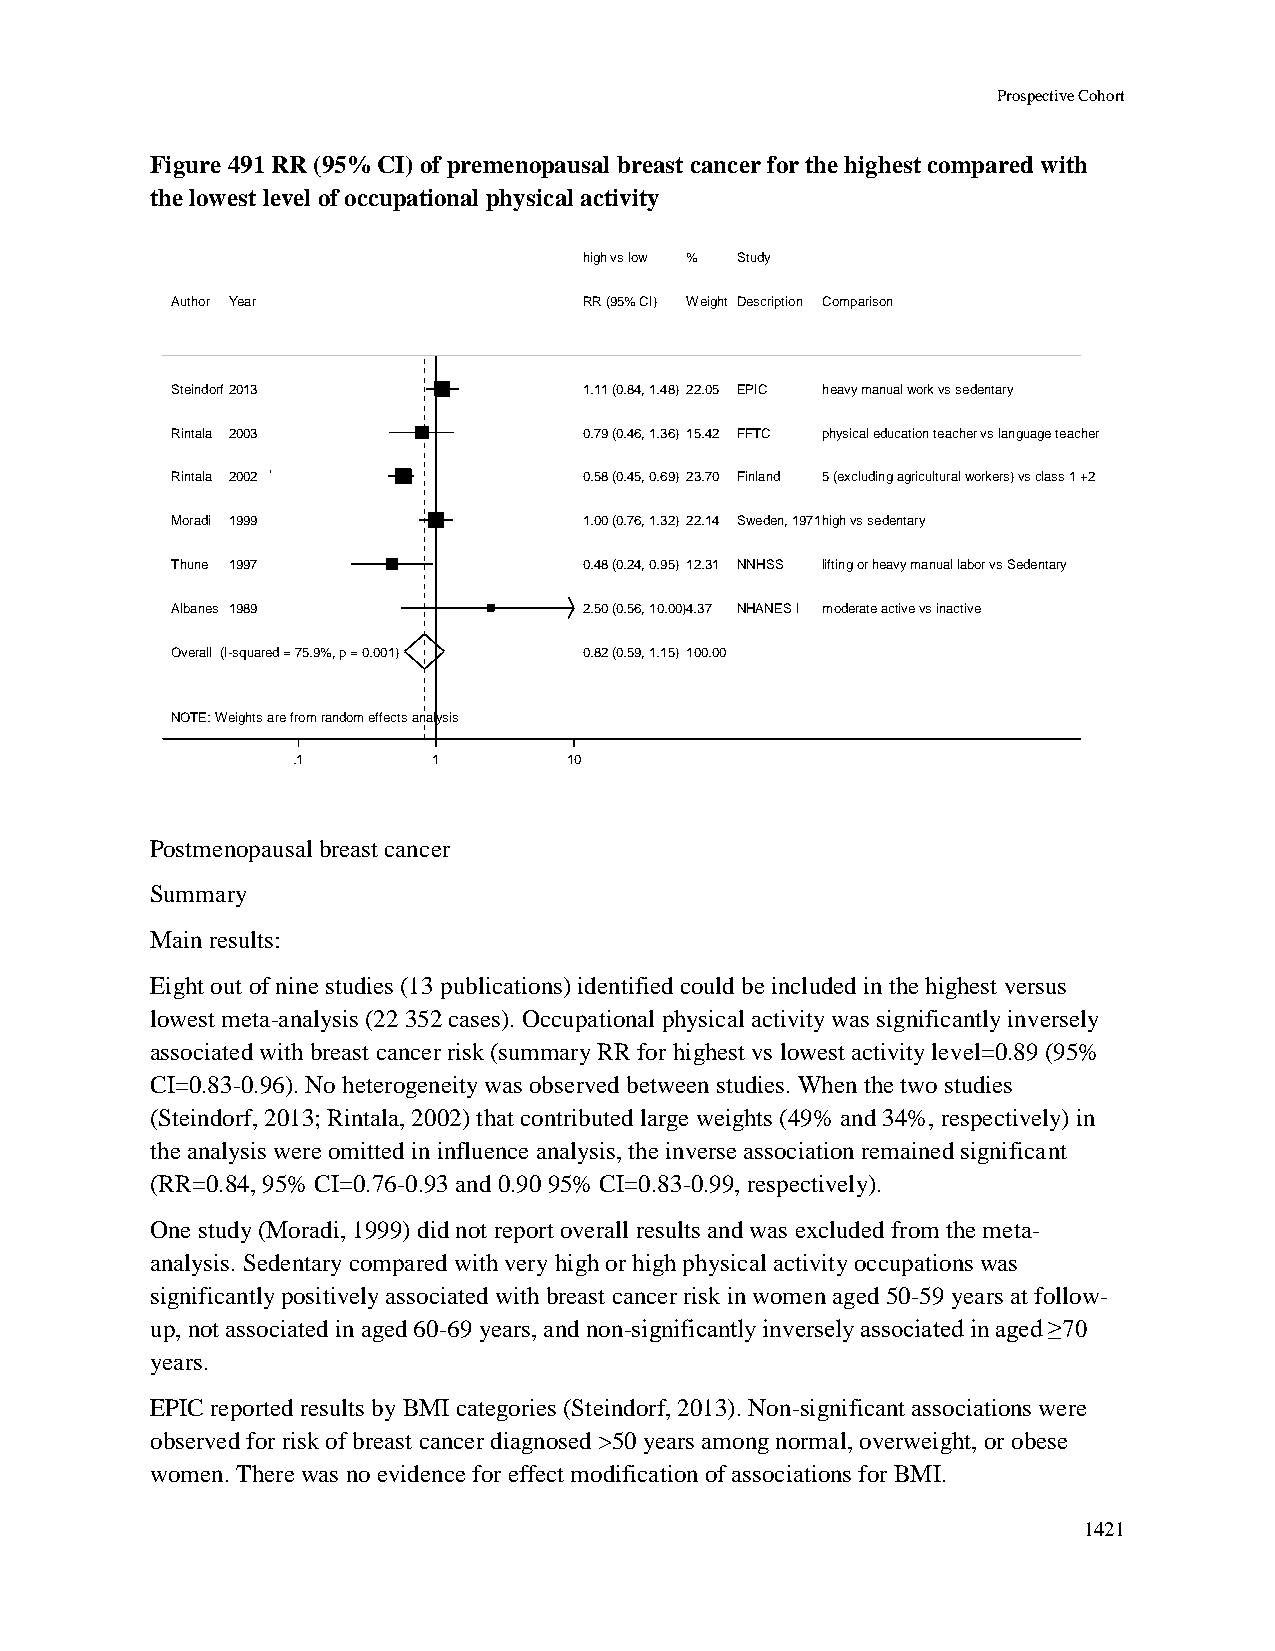
Prospective Cohort
 Figure 491 RR (95% CI) of premenopausal breast cancer for the highest compared with
 the lowest level of occupational physical activity
 hhiigghh vvss llooww %% Study
 Author Year                 RRRR ((9955%% CCII)) WWeeiigghhtt Description Comparison
 Steindorf2013               11..1111 ((00..8844,, 11..4488)) 2222..0055 EPIC heavy manual work vs sedentary
 Rintala 2003                00..7799 ((00..4466,, 11..3366)) 1155..4422 FFTC physical education teacher vs language teacher
 Rintala 2002                00..5588 ((00..4455,, 00..6699)) 2233..7700 Finland 5 (excluding agricultural workers) vs class 1 +2
 Moradi 1999                 11..0000 ((00..7766,, 11..3322)) 2222..1144 Sweden, 1971high vs sedentary
 Thune 1997                  00..4488 ((00..2244,, 00..9955)) 1122..3311 NNHSS lifting or heavy manual labor vs Sedentary
 Albanes 1989                22..5500 ((00..5566,, 1100..0000))44..3377 NHANES I moderate active vs inactive
 Overall (I-squared = 75.9%, p = 0.001) 00..8822 ((00..5599,, 11..1155)) 110000..0000
 NOTE: Weights are from random effects analysis
 .1        11       10
 Postmenopausal breast cancer
 Summary
 Main results:
 Eight out of nine studies (13 publications) identified could be included in the highest versus
 lowest meta-analysis (22 352 cases). Occupational physical activity was significantly inversely
 associated with breast cancer risk (summary RR for highest vs lowest activity level=0.89 (95%
 CI=0.83-0.96). No heterogeneity was observed between studies. When the two studies
 (Steindorf, 2013; Rintala, 2002) that contributed large weights (49% and 34%, respectively) in
 the analysis were omitted in influence analysis, the inverse association remained significant
 (RR=0.84, 95% CI=0.76-0.93 and 0.90 95% CI=0.83-0.99, respectively).
 One study (Moradi, 1999) did not report overall results and was excluded from the meta-
 analysis. Sedentary compared with very high or high physical activity occupations was
 significantly positively associated with breast cancer risk in women aged 50-59 years at follow-
 up, not associated in aged 60-69 years, and non-significantly inversely associated in aged ≥70
 years.
 EPIC reported results by BMI categories (Steindorf, 2013). Non-significant associations were
 observed for risk of breast cancer diagnosed >50 years among normal, overweight, or obese
 women. There was no evidence for effect modification of associations for BMI.
 1421